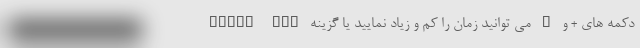
دکمه های + و – می توانید زمان را کم و زیاد نمایید یا گزینه Until you